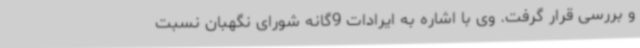
و بررسی قرار گرفت. وی با اشاره به ایرادات 9گانه شورای نگهبان نسبت